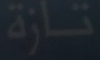
تازة